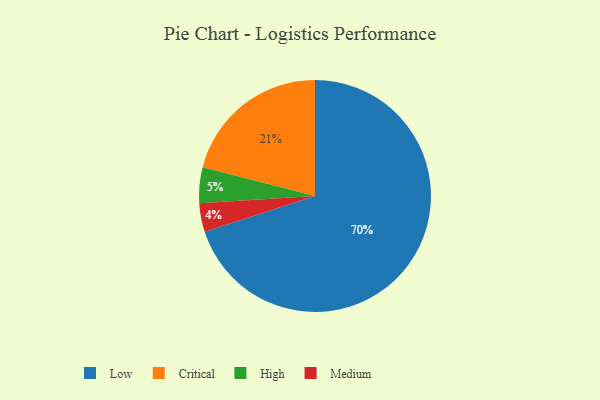
{"axis": {"x": "Category", "y": "Percentage"}, "legend": ["Critical", "High", "Low", "Medium"], "data": [{"x": "High", "y": 5, "type": "High"}, {"x": "Low", "y": 70, "type": "Low"}, {"x": "Critical", "y": 21, "type": "Critical"}, {"x": "Medium", "y": 4, "type": "Medium"}]}